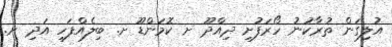
އުލިގަން ތުރާކުނު ހޯރަފުށި ދިއްދޫ ށ ކޮމަންޑޫ ށ. ބިލެއްފަހި އަދި ށ.